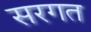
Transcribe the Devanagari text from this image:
सरगत